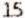
15